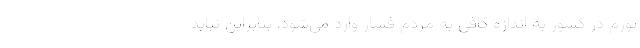
تورم در کشور به اندازه کافی به مردم فشار وارد می‌شود، بنابراین نباید